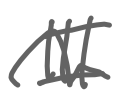
Text: III
Cross-out: wave
Writing tool: digital_gray